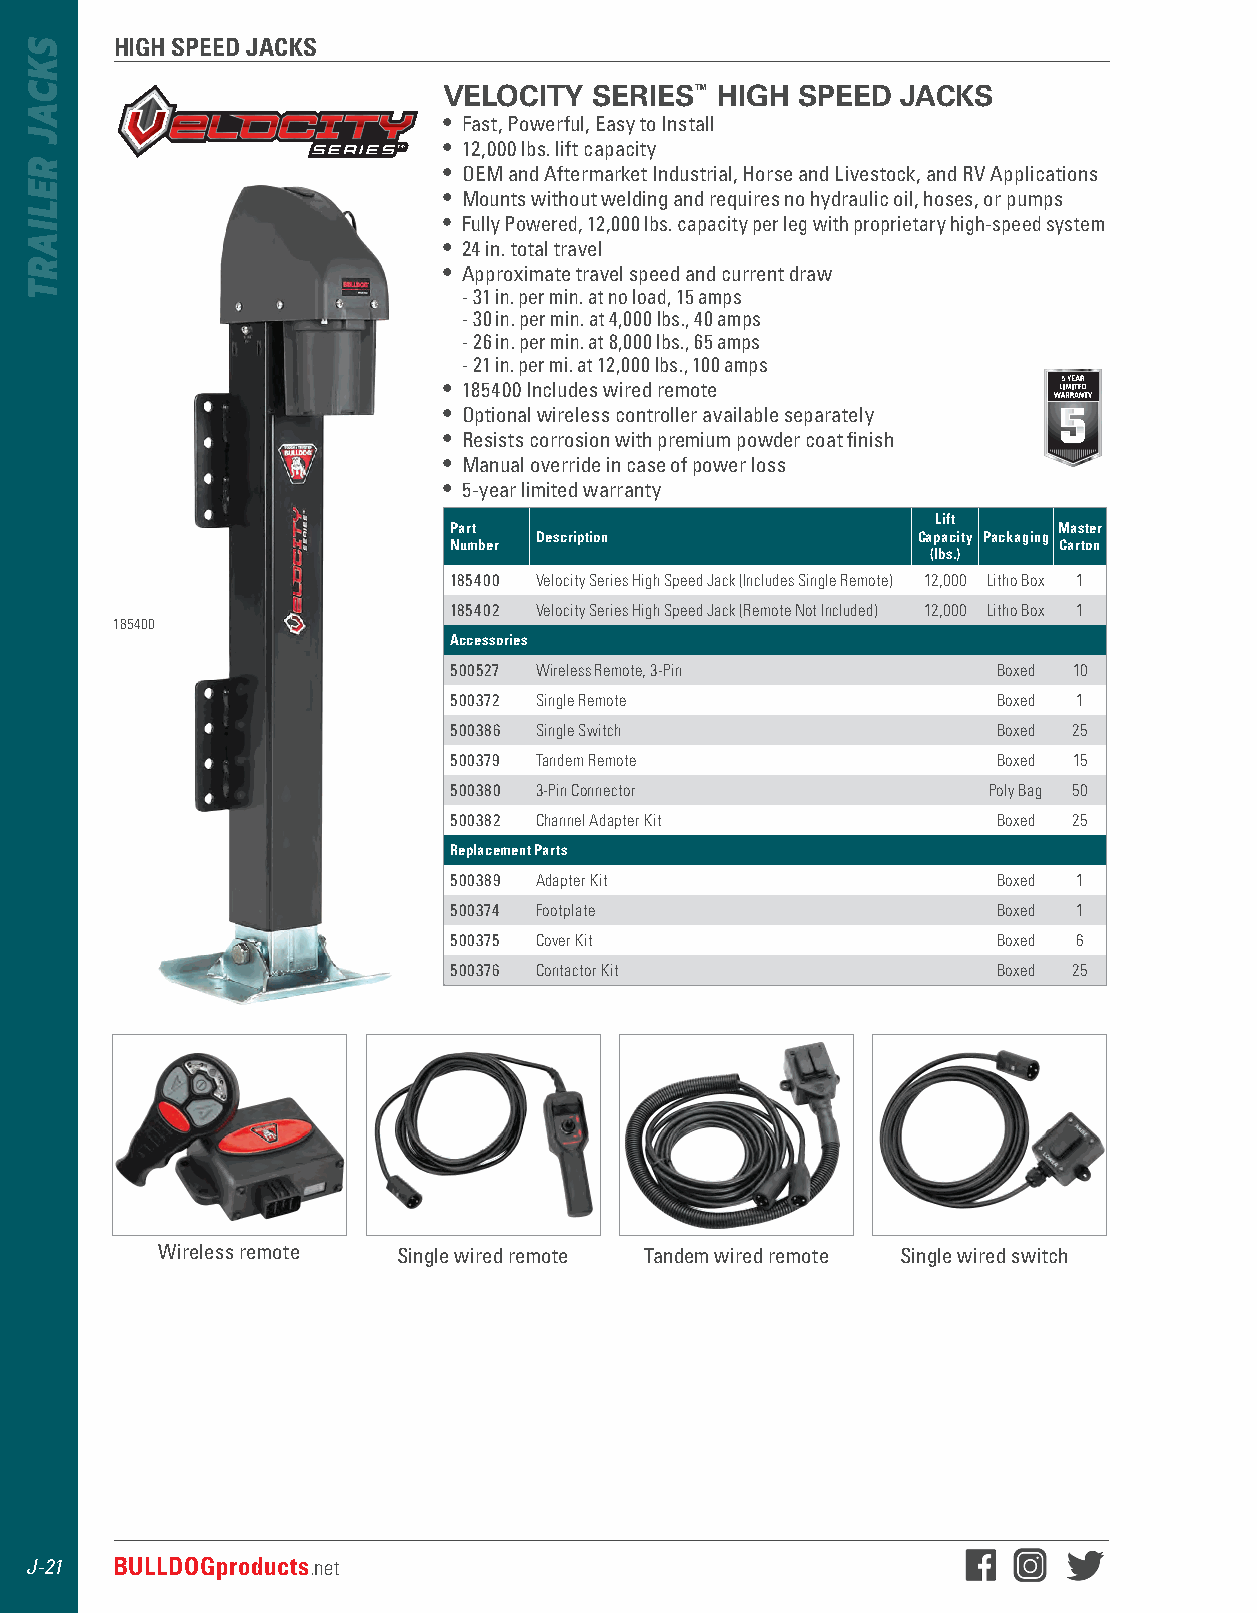
HIGH SPEED JACKS
 VELOCITY  SERIES™ HIGH  SPEED  JACKS
 • Fast, Powerful, Easy to Install
 • 12,000 lbs . lift capacity
 • OEM and Aftermarket Industrial, Horse and Livestock, and RV Applications
 • Mounts without welding and requires no hydraulic oil, hoses, or pumps
 • Fully Powered, 12,000 lbs . capacity per leg with proprietary high-speed system
 • 24 in . total travel
 • Approximate travel speed and current draw
 - 31 in . per min . at no load, 15 amps
 - 30 in . per min . at 4,000 lbs ., 40 amps
 - 26 in . per min . at 8,000 lbs ., 65 amps
 - 21 in . per mi . at 12,000 lbs ., 100 amps
 • 185400 Includes wired remote
 • Optional wireless controller available separately
 • Resists corrosion with premium powder coat finish
 • Manual override in case of power loss
 • 5-year limited warranty
 Lift
 Part                                    Master
 Description               Capacity Packaging
 Number                                  Carton
 (lbs.)
 185400 Velocity Series High Speed Jack (Includes Single Remote) 12,000 Litho Box 1
 185402 Velocity Series High Speed Jack (Remote Not Included) 12,000 Litho Box 1
 185400
 Accessories
 500527 Wireless Remote, 3-Pin       Boxed 10
 500372 Single Remote                Boxed 1
 500386 Single Switch                Boxed 25
 500379 Tandem Remote                Boxed 15
 500380 3-Pin Connector             Poly Bag 50
 500382 Channel Adapter Kit          Boxed 25
 Replacement Parts
 500389 Adapter Kit                  Boxed 1
 500374 Footplate                    Boxed 1
 500375 Cover Kit                    Boxed 6
 500376 Contactor Kit                Boxed 25
 Wireless remote Single wired remote Tandem wired remote Single wired switch
 J-21 BULLDOGproducts.net
 SKCAJ
 RELIART